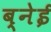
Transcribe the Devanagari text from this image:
ब्नेई